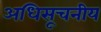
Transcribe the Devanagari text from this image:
अधिसूचनीय